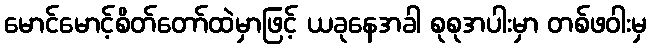
မောင်မောင့်စိတ်တော်ထဲမှာဖြင့် ယခုနေအခါ စုစုအပါးမှာ တစ်ဖဝါးမှ